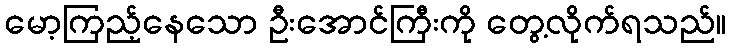
မော့ကြည့်နေသော ဦးအောင်ကြီးကို တွေ့လိုက်ရသည်။